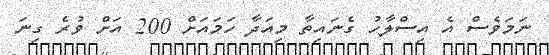
ނަމަވެސް އެ އިސްލާހު ގެނައިތާ މިއަދާ ހަމައަށް 200 އަށް ވުރެ ގިނަ